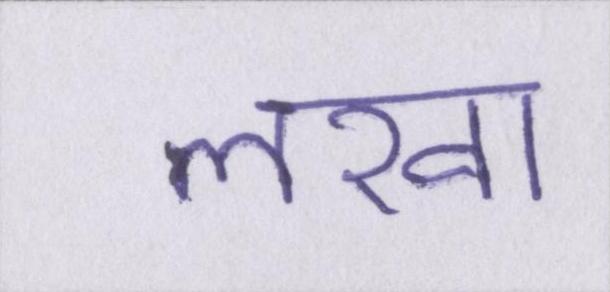
लखा